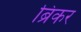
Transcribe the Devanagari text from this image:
ब्रिकर